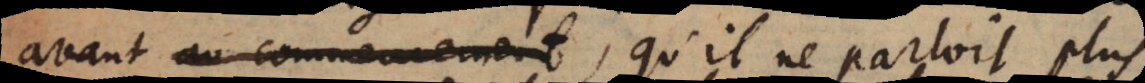
avant, au commencement qu’il ne parloit plus